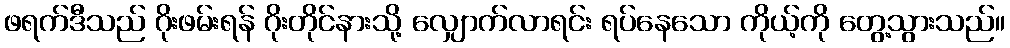
ဖရက်ဒီသည် ဂိုးဖမ်းရန် ဂိုးတိုင်နားသို့ လျှောက်လာရင်း ရပ်နေသော ကိုယ့်ကို တွေ့သွားသည်။